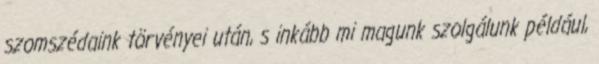
szomszédaink törvényei után, s inkább mi magunk szolgálunk például,